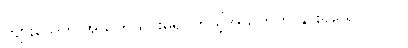
ကျားသေကို အသက်သွင်းမိ၍ ကိုယ့်အသက်ကို နှင်းရသောလုလင်